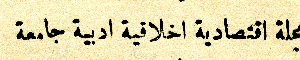
مجلة اقتصادية اخلاقية ادبية جامعة